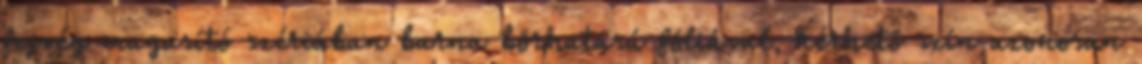
fejvég magasító szériában barna bőrhatású fóliával, kérhető szín azonosan